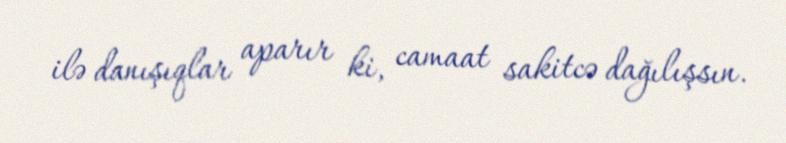
ilə danışıqlar aparır ki, camaat sakitcə dağılışsın.